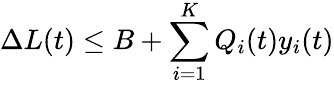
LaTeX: \Delta L(t)\leq B+\sum_{i=1}^{K}Q_{i}(t)y_{i}(t)